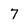
Character: 7